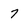
Character: 7